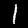
Digit: 1